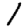
Digit: 1